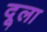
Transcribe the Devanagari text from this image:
दूला